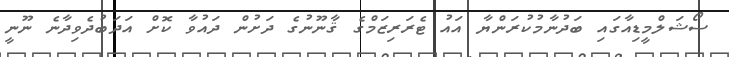
ސޯޝަލްމީޑިއާގައި ބަދުނާމުކުރަންޔާ އައު ޓެރަރިޒަމްގެ ޤާނޫނުގެ ދަށުން ދައުވާ ކޮށް އަދަބުދެވިދާނެ ނޫނީ